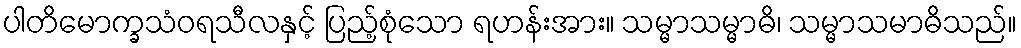
ပါတိမောက္ခသံဝရသီလနှင့် ပြည့်စုံသော ရဟန်းအား။ သမ္မာသမ္မာဓိ၊ သမ္မာသမာဓိသည်။